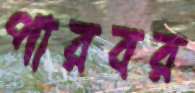
পারবর